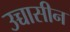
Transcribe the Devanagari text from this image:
उच्चासीन